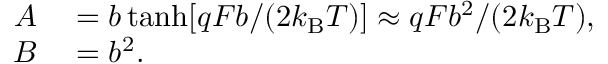
\begin{array} { r l } { A } & { { } = b \operatorname { t a n h } [ q F b / ( 2 k _ { \mathrm { B } } T ) ] \approx q F b ^ { 2 } / ( 2 k _ { \mathrm { B } } T ) , } \\ { B } & { { } = b ^ { 2 } . } \end{array}